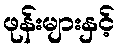
ဖုန်းများနှင့်